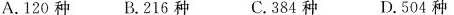
A.120种B.216种C.384种D.504种